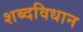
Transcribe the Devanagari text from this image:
शब्दविधान